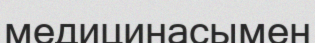
медицинасымен